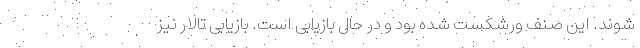
شوند. این صنف ورشکست شده بود و در حال بازیابی است. بازیابی تالار نیز